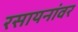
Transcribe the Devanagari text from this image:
रसायनांवर